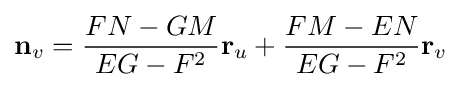
\mathbf {n} _{v}={\frac {FN-GM}{EG-F^{2}}}\mathbf {r} _{u}+{\frac {FM-EN}{EG-F^{2}}}\mathbf {r} _{v}